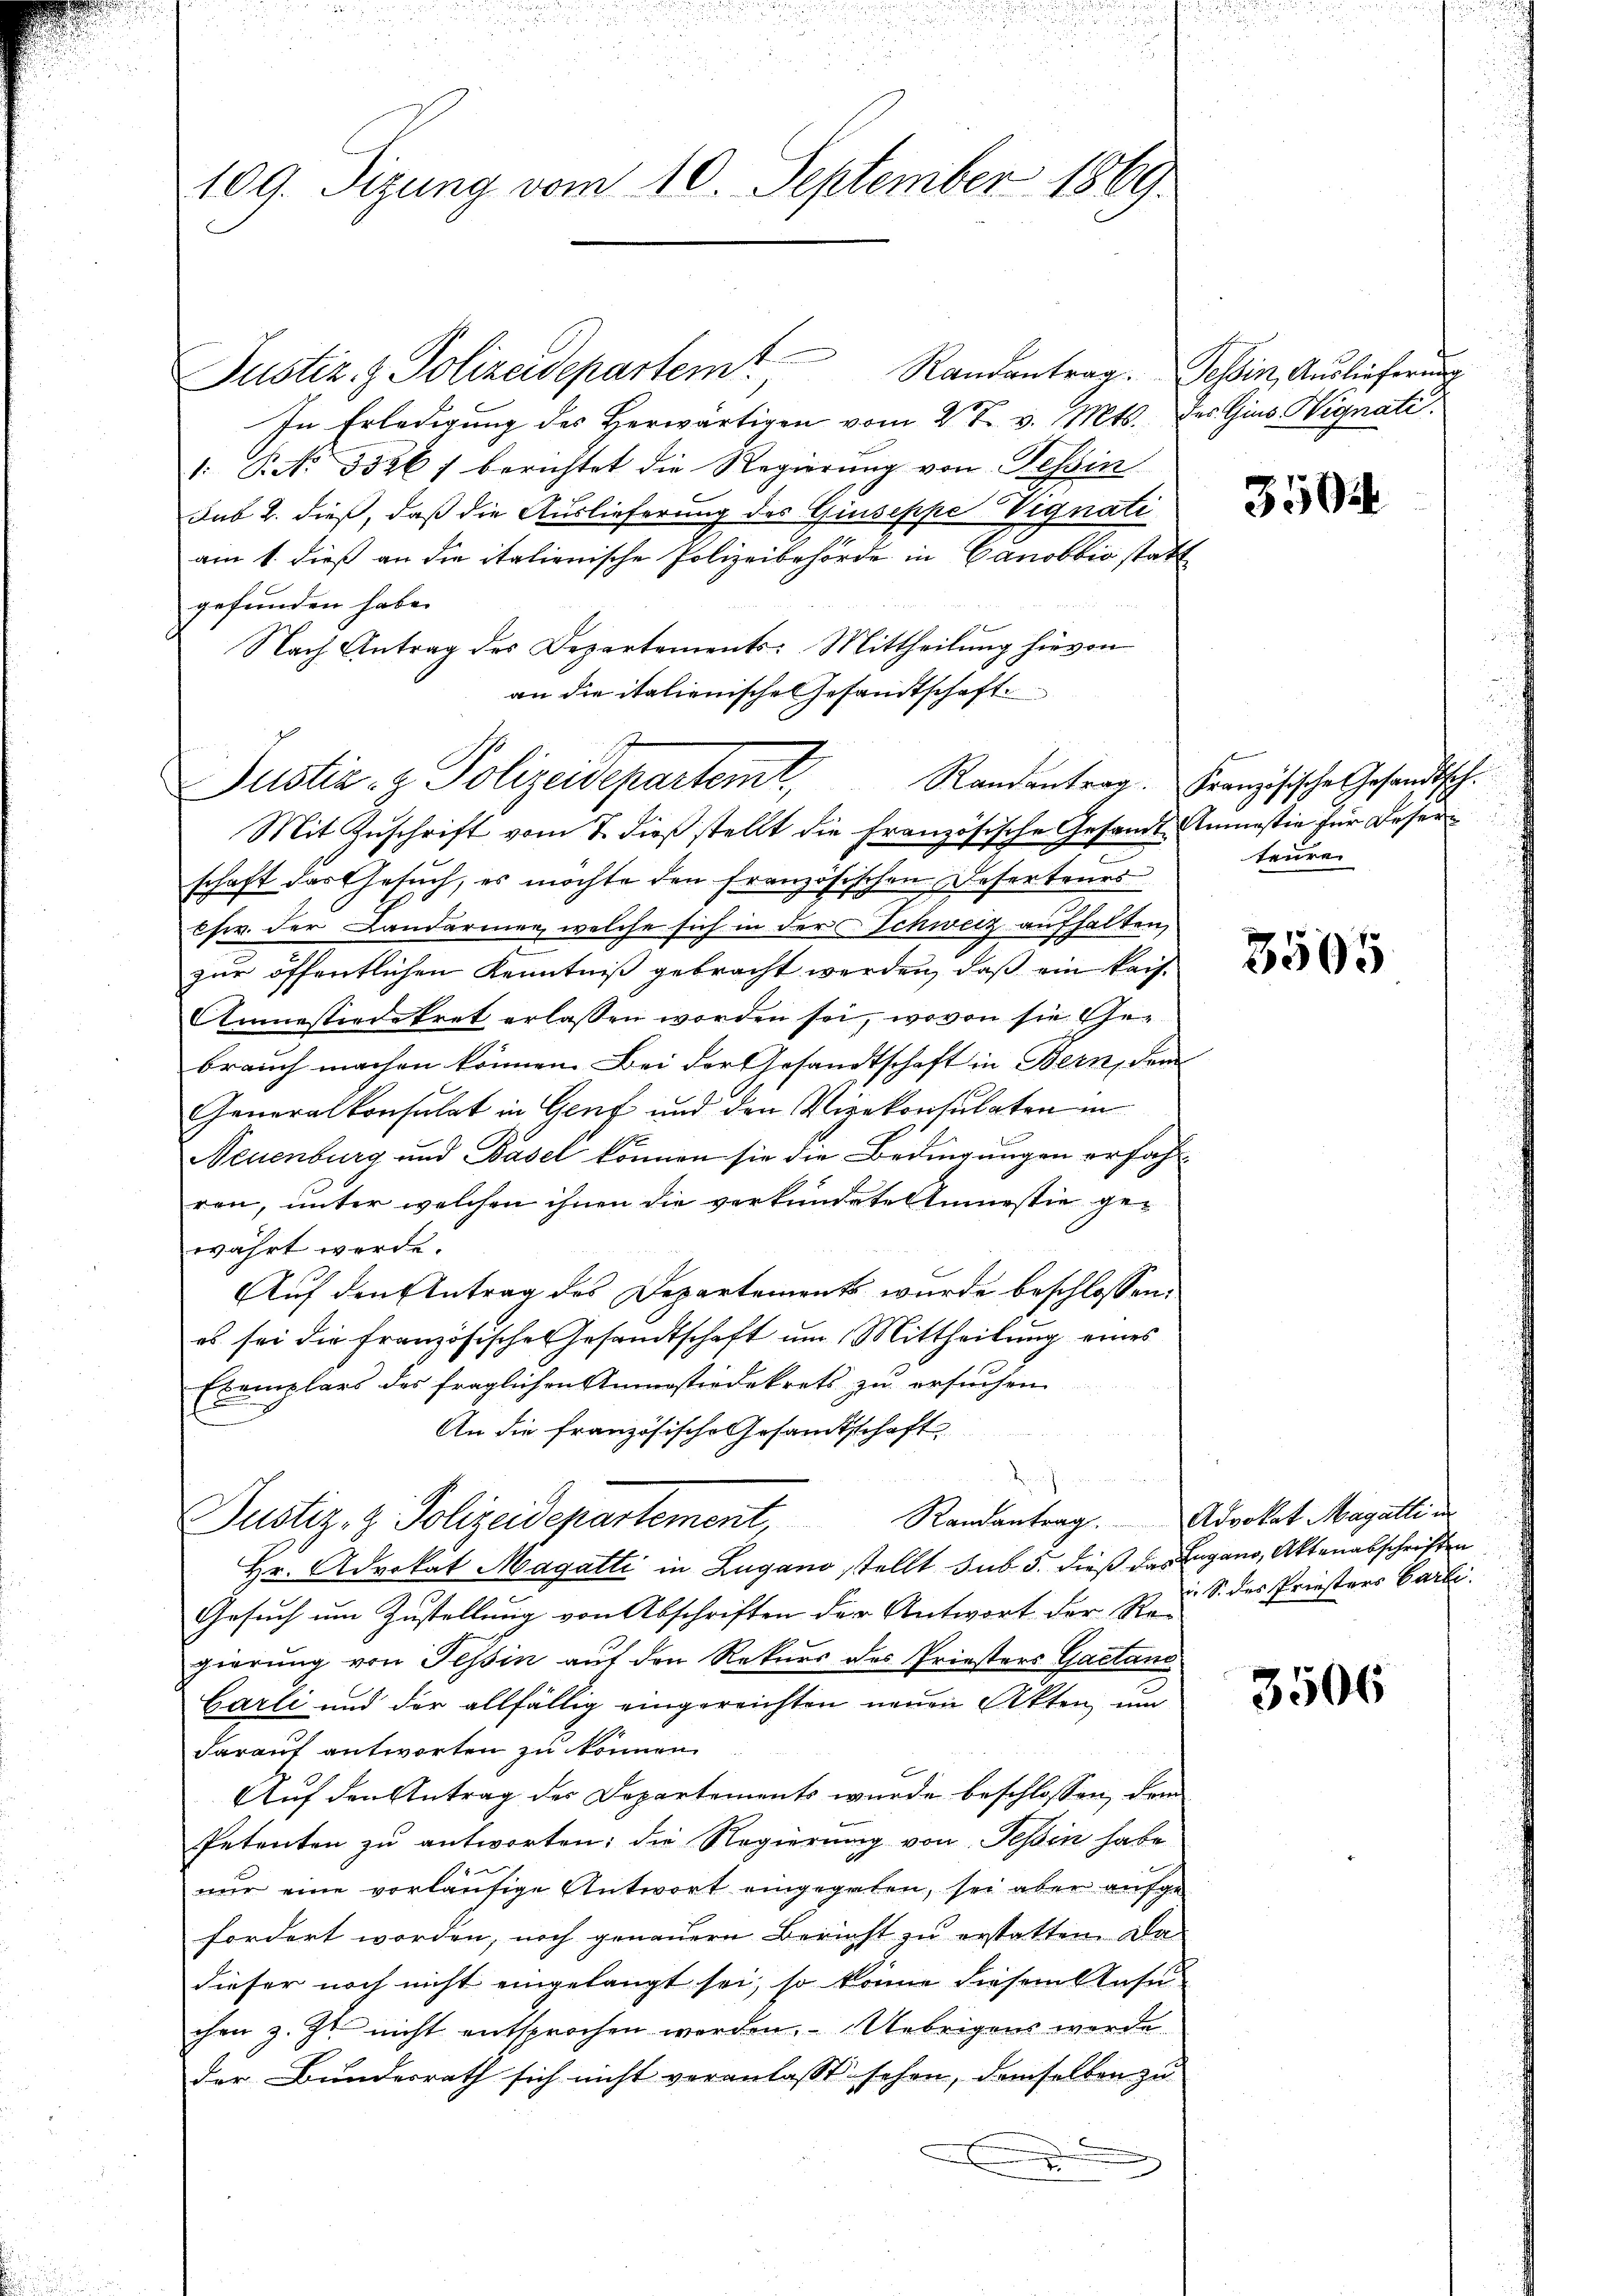
109. Sizung vom 10. September 1869

Justiz & Polizeidepartem Randantrag. Tessin, Auslieferung
In Erledigung des Herwärtigen vom 2 t v. Mts.
1: P. Nr. 3536) berichtet die Regierung von Tessin
Sub 2. dieß, daß die Auslieferung des Giuseppe Signati
am 1. dieß an die italienische Polizeibehörde in Canobbić statgefunden habe.
Nach Antrag des Departements: Mittheilung hievon
an die italienische Gesandtschaft
Mit Zuschrift vom 7. dieß stellt die französische Gesandt-Anmassia für Deserschaft das Gesuch, es möchte den französischen Deserteurs
chw. der Landarmen, welche sich in der Schweiz aufhalten,
zur öffentlichen Kenntniß gebracht werden, daß ein kais.
Anmassiedekret erlassen worden sei, wovon sie Ge-
brauch machen können. Bei der Gesandtschaft in Bern, dem
Generalkonsulat in Genf und den Vizekonsulaten in
Neuenburg und Basel können sie die Bedingungen erfahren, unter welchen ihnen die verkündete Anmestie ge-
währt werde.
Auf den Antrag des Departements wurde beschlossen:
es sei die französische Gesandtschaft um Mittheilung eines
Exemplars des fraglichen Anmastirdekrets zu ersuchen
An die französische Gesandtschaft
Justiz- & Polizeidepartement, Randantrag. Advokat Magattin
Hr. Advokat Magatti in Lugano stellt sub 5. dieß das Eugano, Aktenabschriften
Gesuch um Zustellung von Abschriften der Antwort der Re-
gierung von Tessin auf den Rekurs des Priesters Gaetano
Garli und der allfällig eingereichten neuen Akten, um
darauf antworten zu können.
Auf den Antrag des Departements wurde beschlossen, de
Petenten zu antworten; die Regierung von Tessin habe
nur eine vorläufige Antwort eingegeben, sei aber aufgefordert worden, noch genauern Bericht zu erstatten. Da-
dieser noch nicht eingelangt sei, so könne diesem Ansu-
che z. Zt. nicht entsprochen werden. Uebrigens werde
der Bundesrath sich nicht veranlasst sehen, demselben zu
x

Justiz- & Polizeidepartemt,

Randantrag

des Gius Wignati.

35014

Französische Gesandtsch.
teure

3505

i. S. des Priesters Carli

3506